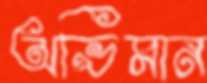
অভিমান